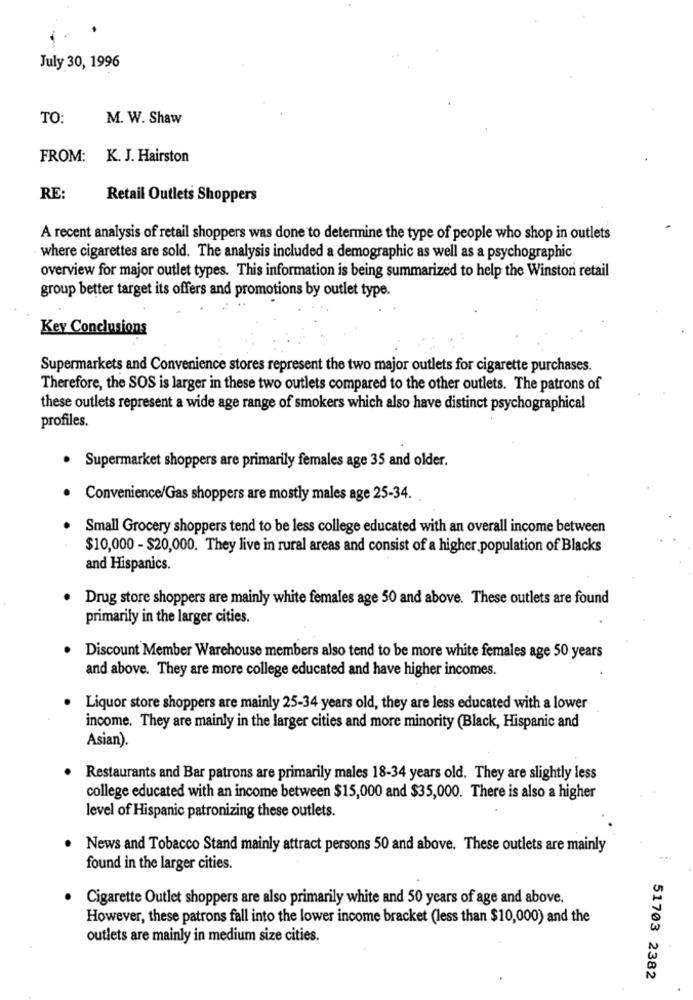
July 30, 1996
TO:
M. W. Shaw
FROM:
K. J. Hairston
RE:
Retail Outlets Shoppers
A recent analysis of retail shoppers was done to determine the type of people who shop in outlets
where cigarettes are sold. The analysis included a demographic as well as a psychographic
overview for major outlet types. This information is being summarized to help the Winston retail
group better target its offers and promotions by outlet type.
Key Conclusions
Supermarkets and Convenience stores represent the two major outlets for cigarette purchases.
Therefore, the SOS is larger in these two outlets compared to the other outlets. The patrons of
these outlets represent a wide age range of smokers which also have distinct psychographical
profiles.
· Supermarket shoppers are primarily females age 35 and older.
Convenience/Gas shoppers are mostly males age 25-34.
Small Grocery shoppers tend to be less college educated with an overall income between
$10,000 - $20,000. They live in rural areas and consist of a higher population of Blacks
and Hispanics.
Drug store shoppers are mainly white females age 50 and above. These outlets are found
primarily in the larger cities.
Discount Member Warehouse members also tend to be more white females age 50 years
and above. They are more college educated and have higher incomes.
Liquor store shoppers are mainly 25-34 years old, they are less educated with a lower
income. They are mainly in the larger cities and more minority (Black, Hispanic and
Asian).
Restaurants and Bar patrons are primarily males 18-34 years old. They are slightly less
college educated with an income between $15,000 and $35,000. There is also a higher
level of Hispanic patronizing these outlets.
News and Tobacco Stand mainly attract persons 50 and above. These outlets are mainly
found in the larger cities.
Cigarette Outlet shoppers are also primarily white and 50 years of age and above.
However, these patrons fall into the lower income bracket (less than $10,000) and the
outlets are mainly in medium size cities.
51703 2382